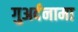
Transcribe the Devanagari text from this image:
गुअर्दनामा